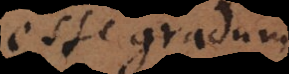
esse gradum